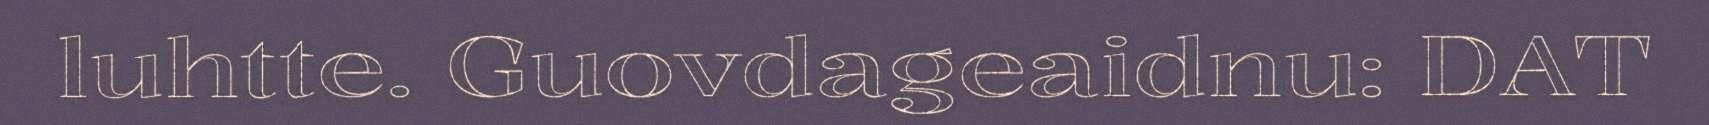
luhtte. Guovdageaidnu: DAT